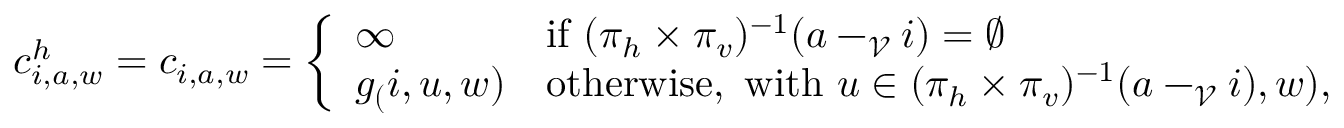
c _ { i , a , w } ^ { h } = c _ { i , a , w } = \left\{ \begin{array} { l l } { \infty \quad } & { \mathrm { i f ~ } ( \pi _ { h } \times \pi _ { v } ) ^ { - 1 } ( a - _ { \mathcal { V } } i ) = \emptyset } \\ { g _ ( i , u , w ) } & { \mathrm { o t h e r w i s e , ~ w i t h ~ } u \in ( \pi _ { h } \times \pi _ { v } ) ^ { - 1 } ( a - _ { \mathcal { V } } i ) , w ) , } \end{array} \right.